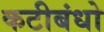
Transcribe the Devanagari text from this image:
कटीबंधो